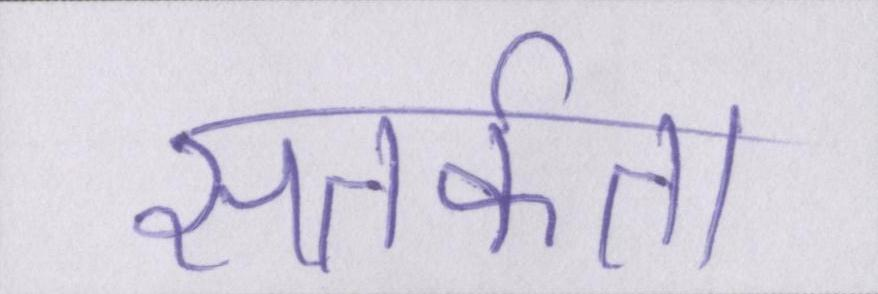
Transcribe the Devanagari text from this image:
सतर्कता